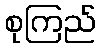
စုကြည်